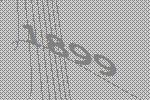
1899